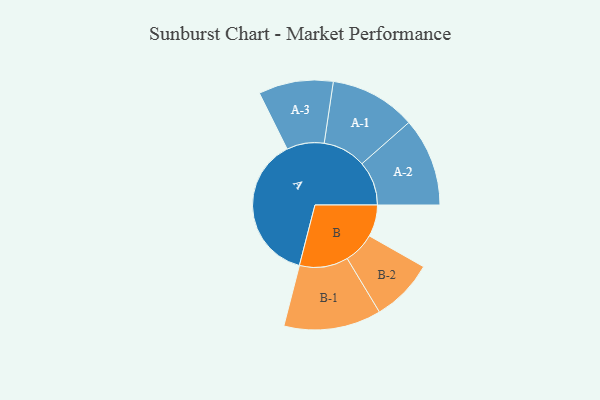
{"axis": {"x": "Segment", "y": "Value"}, "legend": ["", "A", "B"], "data": [{"x": "A", "y": 498, "type": ""}, {"x": "B", "y": 106, "type": ""}, {"x": "A-1", "y": 144, "type": "A"}, {"x": "A-2", "y": 148, "type": "A"}, {"x": "A-3", "y": 125, "type": "A"}, {"x": "B-1", "y": 163, "type": "B"}, {"x": "B-2", "y": 105, "type": "B"}]}